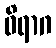
ဝိရာဂ